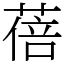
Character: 蓓